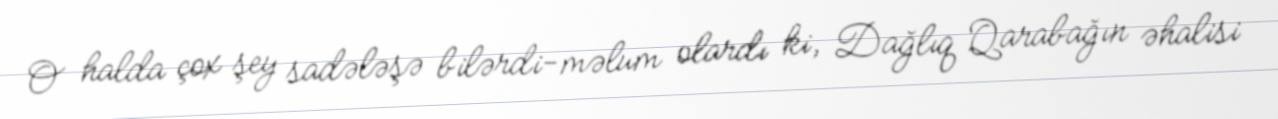
O halda çox şey sadələşə bilərdi-məlum olardı ki, Dağlıq Qarabağın əhalisi